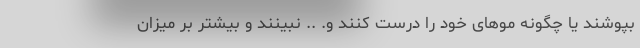
بپوشند یا چگونه موهای خود را درست کنند و. .. نبینند و بیشتر بر میزان